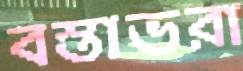
বস্তাভরা